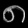
Digit: ၈